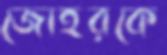
জোহরকে